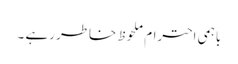
باہمی احترام ملحوظ خاطر رہے ۔